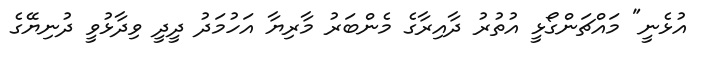
އުޅެނީ" މައްޗަންގޯޅީ އުތުރު ދާއިރާގެ މެންބަރު މާރިޔާ އަހުމަދު ދީދީ ވިދާޅުވީ ދުނިޔޭގެ